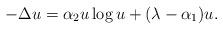
LaTeX: \begin{align*} -\Delta u = \alpha_2 u\log u + (\lambda - \alpha_1)u. \end{align*}